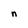
Character: n